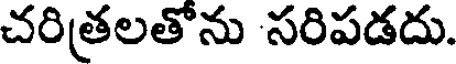
చరిత్రలతోను సరిపడదు.